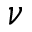
\nu